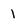
Character: 1